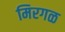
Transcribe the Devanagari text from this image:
मिरगळ